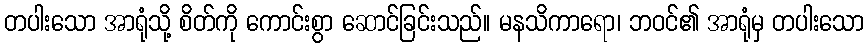
တပါးသော အာရုံသို့ စိတ်ကို ကောင်းစွာ ဆောင်ခြင်းသည်။ မနသိကာရော၊ ဘဝင်၏ အာရုံမှ တပါးသော